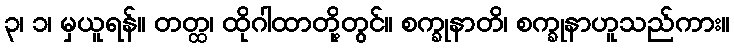
၃၊ ၁၊ မှယူရန်။ တတ္ထ၊ ထိုဂါထာတို့တွင်။ စက္ခုနာတိ၊ စက္ခုနာဟူသည်ကား။